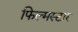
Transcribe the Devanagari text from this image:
फिल्मस्टार